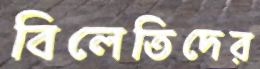
বিলেতিদের